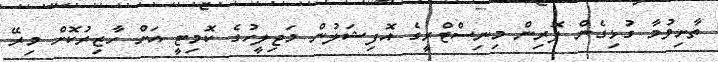
ތާށިވުމާ ގުޅިގެން ފޮރިން މިނިސްޓްރީގެ އޮފިޝަލުން މަޖިލީހުގެ ކޮމިޓީ އަށް ހާޒިރުކޮށް މިރޭ